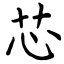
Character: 芯